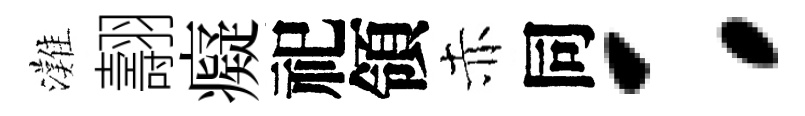
灘翿癡祀領赤同：